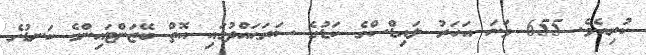
ކުރިއެވެ. 655 ވަނަ އަހަރު ލައިޑްސްގެ ކަޑުގެ ސަރަޙައްދުގައި އޮތް ބޭޒަންޓައިންގެ ކަނޑުގެ